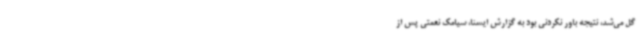
گل می‌شد، نتیجه باور نکردنی بود به گزارش ایسنا، سیامک نعمتی پس از